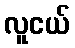
လူငယ်